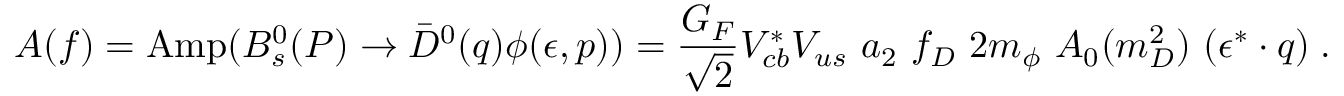
A ( f ) = \mathrm { A m p } ( B _ { s } ^ { 0 } ( P ) \to \bar { D } ^ { 0 } ( q ) \phi ( \epsilon , p ) ) = \frac { G _ { F } } { \sqrt 2 } V _ { c b } ^ { * } V _ { u s } ~ a _ { 2 } ~ f _ { D } ~ 2 m _ { \phi } ~ A _ { 0 } ( m _ { D } ^ { 2 } ) ~ ( \epsilon ^ { * } \cdot q ) \; .